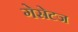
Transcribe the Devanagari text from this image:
गेसेटज